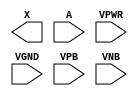
module sky130_fd_sc_ls__dlygate4sd2 (
    X   ,
    A   ,
    VPWR,
    VGND,
    VPB ,
    VNB
);

    output X   ;
    input  A   ;
    input  VPWR;
    input  VGND;
    input  VPB ;
    input  VNB ;
endmodule